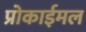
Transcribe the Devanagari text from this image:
प्रोकाईमल